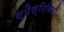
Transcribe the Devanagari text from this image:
स्पैस्टिसिटी